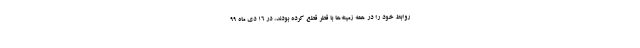
روابط خود را در همه زمینه‌ها با قطر قطع کرده بودند، در ۱۶ دی ماه ۹۹